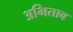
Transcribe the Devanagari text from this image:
अभिताब